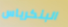
البنكرياس